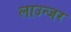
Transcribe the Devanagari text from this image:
लाउन्जर